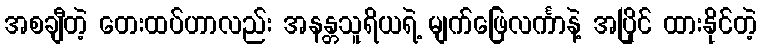
အစချီတဲ့ တေးထပ်ဟာလည်း အနန္တသူရိယရဲ့ မျက်ဖြေလင်္ကာနဲ့ အပြိုင် ထားနိုင်တဲ့